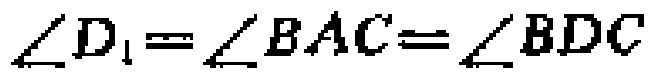
\(\angle D_{1}=\angle BAC=\angle BDC\)